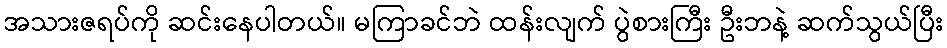
အသားဇရပ်ကို ဆင်းနေပါတယ်။ မကြာခင်ဘဲ ထန်းလျက် ပွဲစားကြီး ဦးဘနဲ့ ဆက်သွယ်ပြီး